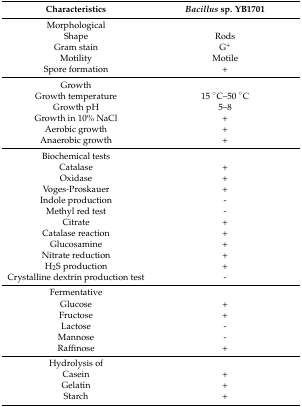
<table><thead><tr><td><b>Characteristics</b></td><td><b><i>Bacillus</i> sp. YB1701</b></td></tr></thead><tbody><tr><td>Morphological</td><td></td></tr><tr><td>Shape</td><td>Rods</td></tr><tr><td>Gram stain</td><td>G<sup>+</sup></td></tr><tr><td>Motility</td><td>Motile</td></tr><tr><td>Spore formation</td><td>+</td></tr><tr><td>Growth</td><td></td></tr><tr><td>Growth temperature</td><td>15 °C–50 °C</td></tr><tr><td>Growth pH</td><td>5–8</td></tr><tr><td>Growth in 10% NaCl</td><td>+</td></tr><tr><td>Aerobic growth</td><td>+</td></tr><tr><td>Anaerobic growth</td><td>+</td></tr><tr><td>Biochemical tests</td><td></td></tr><tr><td>Catalase</td><td>+</td></tr><tr><td>Oxidase</td><td>+</td></tr><tr><td>Voges-Proskauer</td><td>+</td></tr><tr><td>Indole production</td><td>-</td></tr><tr><td>Methyl red test</td><td>-</td></tr><tr><td>Citrate</td><td>+</td></tr><tr><td>Catalase reaction</td><td>+</td></tr><tr><td>Glucosamine</td><td>+</td></tr><tr><td>Nitrate reduction</td><td>+</td></tr><tr><td>H<sub>2</sub>S production</td><td>+</td></tr><tr><td>Crystalline dextrin production test</td><td>-</td></tr><tr><td>Fermentative</td><td></td></tr><tr><td>Glucose</td><td>+</td></tr><tr><td>Fructose</td><td>+</td></tr><tr><td>Lactose</td><td>-</td></tr><tr><td>Mannose</td><td>-</td></tr><tr><td>Raffinose</td><td>+</td></tr><tr><td>Hydrolysis of</td><td></td></tr><tr><td>Casein</td><td>+</td></tr><tr><td>Gelatin</td><td>+</td></tr><tr><td>Starch</td><td>+</td></tr></tbody></table>